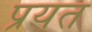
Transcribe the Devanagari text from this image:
प्रयत